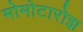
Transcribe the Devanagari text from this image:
मोमोटारोझ